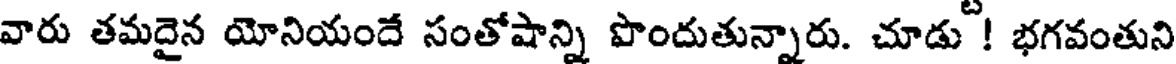
వారు తమదైన యోనియందే సంతోషాన్ని పొందుతున్నారు. చూడు ! భగవంతుని